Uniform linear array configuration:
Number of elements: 64
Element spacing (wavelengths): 0.25
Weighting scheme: kaiser
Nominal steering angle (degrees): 0
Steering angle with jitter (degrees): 0.4754
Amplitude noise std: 0.05
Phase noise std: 0.05

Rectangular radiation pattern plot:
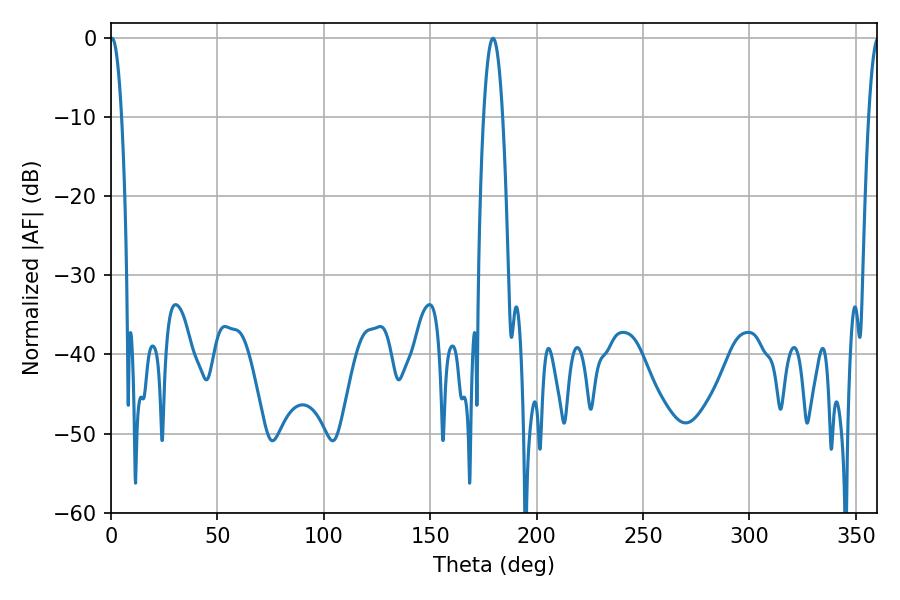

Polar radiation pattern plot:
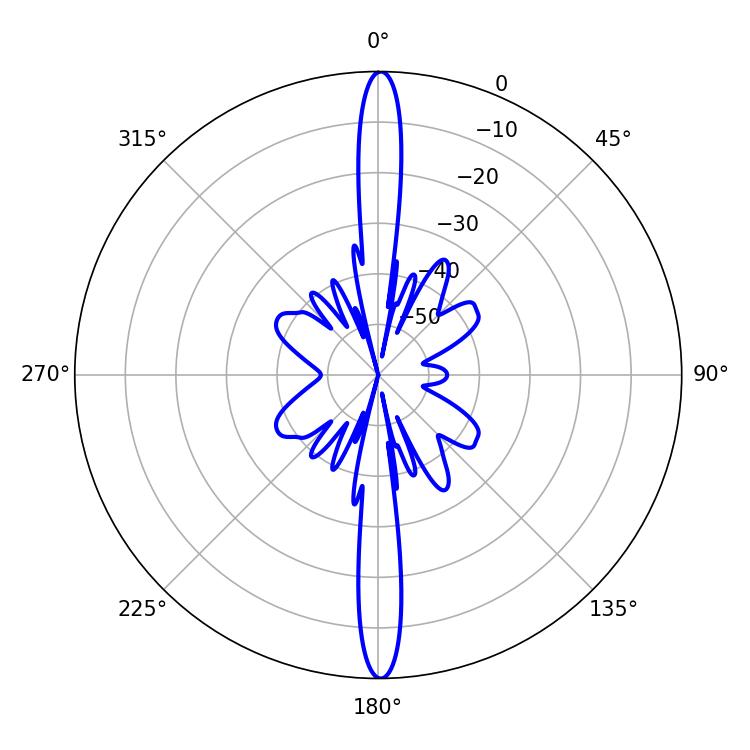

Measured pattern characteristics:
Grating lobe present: FALSE
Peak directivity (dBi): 30.99
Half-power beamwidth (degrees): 2.88
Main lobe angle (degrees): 0.54